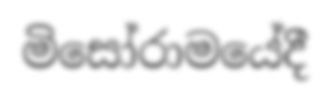
මිසෝරාමයේදී